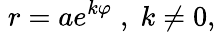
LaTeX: \; r=ae^{k\varphi}\; ,\; k\neq 0,